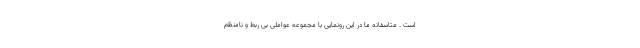
است . متاسفانه ما در این رونمایی با مجموعه عواملی بی ربط و نامنظم